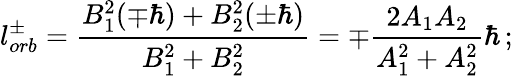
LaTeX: l_{orb}^{\pm}=\frac{B_{1}^{2}(\mp\hbar)+B_{2}^{2}(\pm\hbar)}{B_{1}^{2}+B_{2}^{2}}=\mp\frac{2A_{1}A_{2}}{A_{1}^{2}+A_{2}^{2}}\hbar\, ;